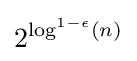
2^{\log ^{1-\epsilon }(n)}